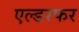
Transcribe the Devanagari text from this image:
एल्डरफर